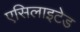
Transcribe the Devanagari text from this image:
एसिलाइटेड